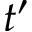
t ^ { \prime }